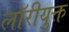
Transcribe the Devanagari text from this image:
लॉरीयुक्त